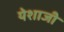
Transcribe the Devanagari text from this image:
येशाजी